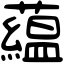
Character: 藴